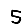
Digit: 5